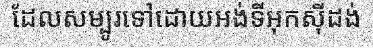
ដែលសម្បូរទៅដោយអង់ទីអុកស៊ីដង់